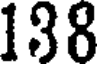
138